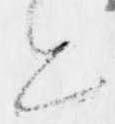
と